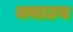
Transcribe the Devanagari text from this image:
मनाउन